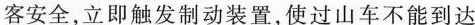
客安全，立即触发制动装置，使过山车不能到达